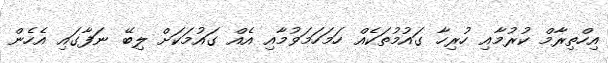
އިހްތިރާމް ކުރުމާއި ހުރިހާ ގައުމުތަކެއް ހަމަހަމަވުމާއި އެއް ގައުމަކަށް ލިބޭ ނަފާގައި އެހެން